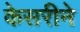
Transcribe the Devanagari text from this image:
केसरीने